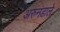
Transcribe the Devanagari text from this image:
अरुनडाले